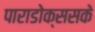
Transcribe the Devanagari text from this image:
पाराडोक्ससके